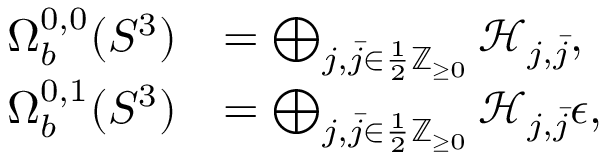
\begin{array} { r l } { \Omega _ { b } ^ { 0 , 0 } ( S ^ { 3 } ) } & { = \bigoplus _ { j , \bar { j } \in \frac { 1 } { 2 } \mathbb { Z } _ { \geq 0 } } \mathcal { H } _ { j , \bar { j } } , } \\ { \Omega _ { b } ^ { 0 , 1 } ( S ^ { 3 } ) } & { = \bigoplus _ { j , \bar { j } \in \frac { 1 } { 2 } \mathbb { Z } _ { \geq 0 } } \mathcal { H } _ { j , \bar { j } } \epsilon , } \end{array}